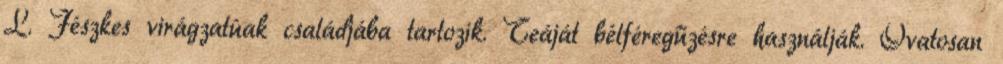
L. Fészkes virágzatúak családjába tartozik. Teáját bélféregűzésre használják. Óvatosan